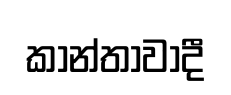
කාන්තාවාදී